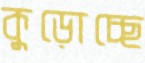
কুড়োচ্ছে